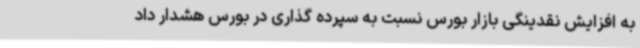
به افزایش نقدینگی بازار بورس نسبت به سپرده گذاری در بورس هشدار داد